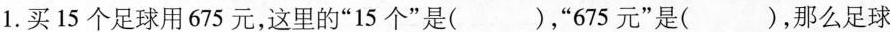
1.买15个足球用675元，这里的”15个”是()，”675元”是( )，那么足球